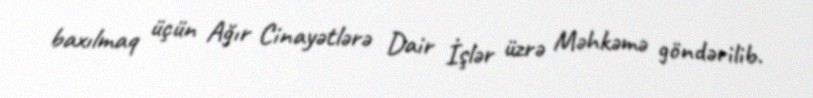
baxılmaq üçün Ağır Cinayətlərə Dair İşlər üzrə Məhkəmə göndərilib.